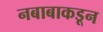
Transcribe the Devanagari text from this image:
नबाबाकडून